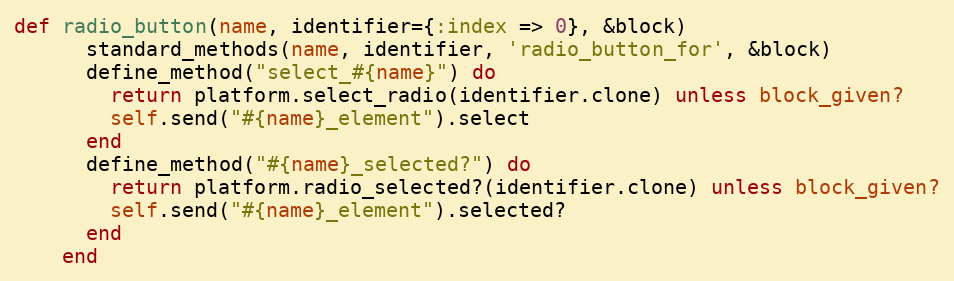
Language: Ruby
def radio_button(name, identifier={:index => 0}, &block)
      standard_methods(name, identifier, 'radio_button_for', &block)
      define_method("select_#{name}") do
        return platform.select_radio(identifier.clone) unless block_given?
        self.send("#{name}_element").select
      end
      define_method("#{name}_selected?") do
        return platform.radio_selected?(identifier.clone) unless block_given?
        self.send("#{name}_element").selected?
      end
    end